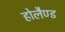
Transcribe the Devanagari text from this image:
होलैण्ड